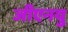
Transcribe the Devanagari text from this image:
जीएनयु